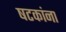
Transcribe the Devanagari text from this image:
षटकांना